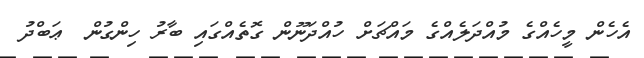
އެހެން މީހެއްގެ މުއްދަލެއްގެ މައްޗަށް ހުއްދަނޫން ގޮތެއްގައި ބާރު ހިންގުން  ޢަބްދު